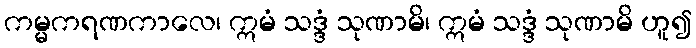
ကမ္မကရဏကာလေ၊ ဣမံ သဒ္ဒံ သုဏာမိ၊ ဣမံ သဒ္ဒံ သုဏာမိ ဟူ၍